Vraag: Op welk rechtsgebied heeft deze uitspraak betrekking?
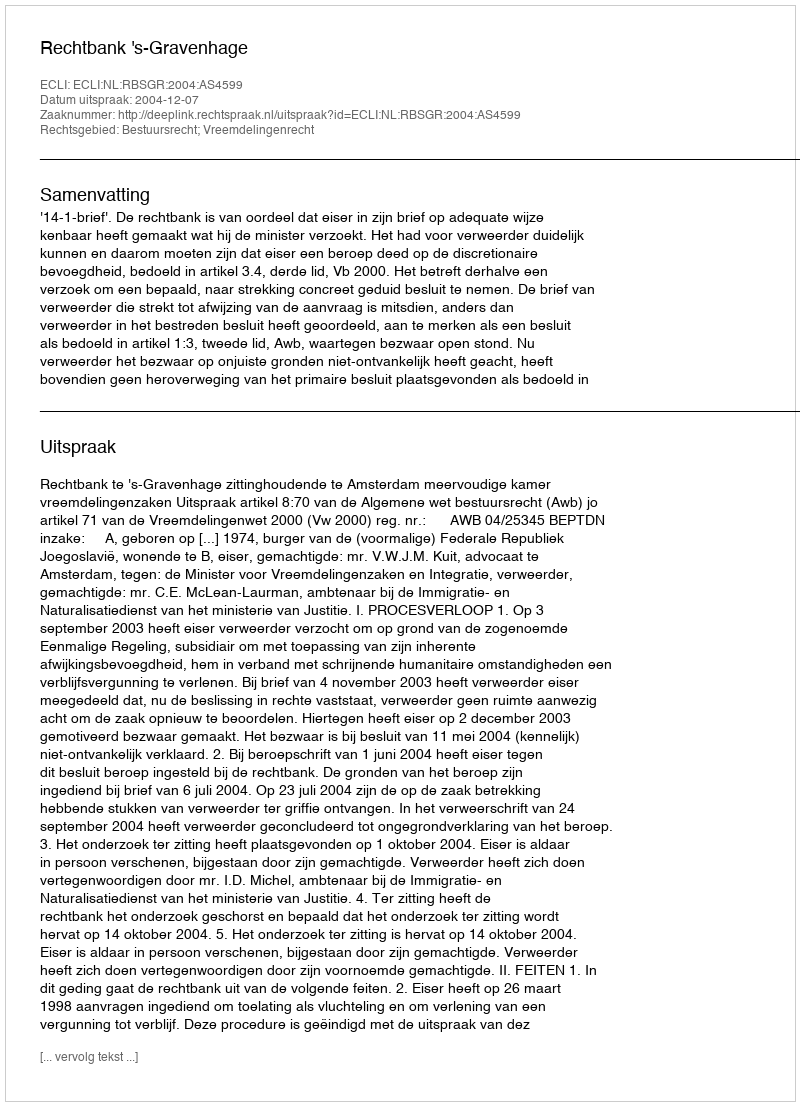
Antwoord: Bestuursrecht; Vreemdelingenrecht